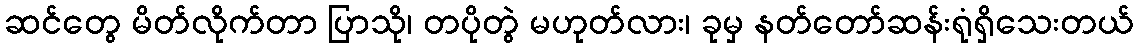
ဆင်တွေ မိတ်လိုက်တာ ပြာသို၊ တပိုတွဲ မဟုတ်လား၊ ခုမှ နတ်တော်ဆန်းရုံရှိသေးတယ်